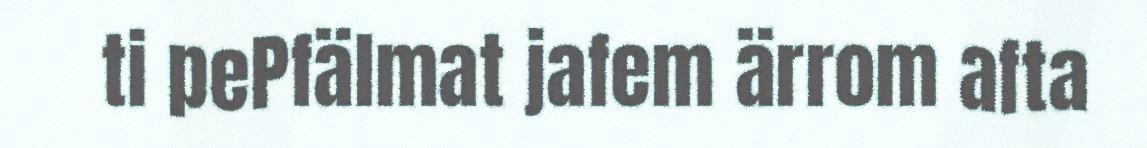
ti pePfälmat jafem ärrom afta